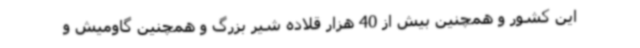
این کشور و همچنین بیش از 40 هزار قلاده شیر بزرگ و همچنین گاومیش و